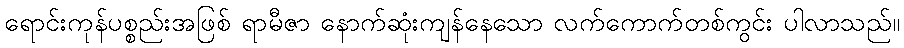
ရောင်းကုန်ပစ္စည်းအဖြစ် ရာမီဇာ နောက်ဆုံးကျန်နေသော လက်ကောက်တစ်ကွင်း ပါလာသည်။